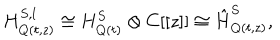
H _ { Q ( t , z ) } ^ { S , l } \cong H _ { Q ( t ) } ^ { S } \otimes C [ [ z ] ] \cong \hat { H } _ { Q ( t , z ) } ^ { S } ,